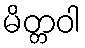
မိတ္တဝါ